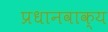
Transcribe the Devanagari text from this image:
प्रधानवाक्य